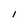
Character: 1